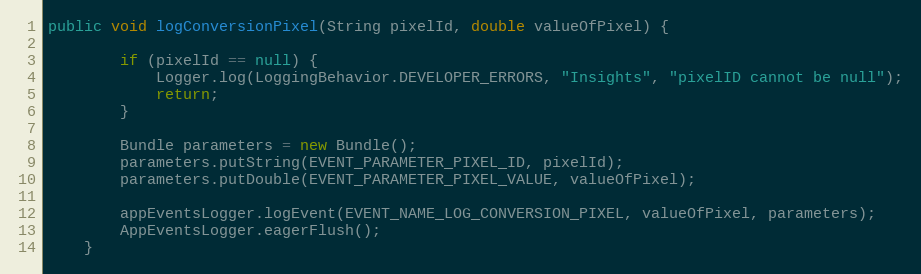
Language: Java
public void logConversionPixel(String pixelId, double valueOfPixel) {

        if (pixelId == null) {
            Logger.log(LoggingBehavior.DEVELOPER_ERRORS, "Insights", "pixelID cannot be null");
            return;
        }

        Bundle parameters = new Bundle();
        parameters.putString(EVENT_PARAMETER_PIXEL_ID, pixelId);
        parameters.putDouble(EVENT_PARAMETER_PIXEL_VALUE, valueOfPixel);

        appEventsLogger.logEvent(EVENT_NAME_LOG_CONVERSION_PIXEL, valueOfPixel, parameters);
        AppEventsLogger.eagerFlush();
    }